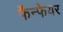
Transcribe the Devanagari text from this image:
फैन्फेयर